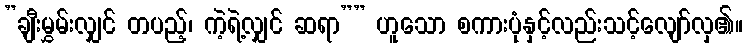
”ချီးမွှမ်းလျှင် တပည့်၊ ကဲ့ရဲ့လျှင် ဆရာ”” ဟူသော စကားပုံနှင့်လည်းသင့်လျော်လှ၏။